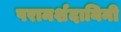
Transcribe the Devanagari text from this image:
परामर्शदायिनी